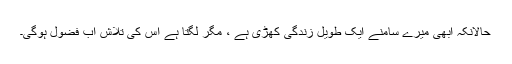
حالانکہ ابھی میرے سامنے ایک طویل زندگی کھڑی ہے ، مگر لگتا ہے اس کی تلاش اب فضول ہوگی۔